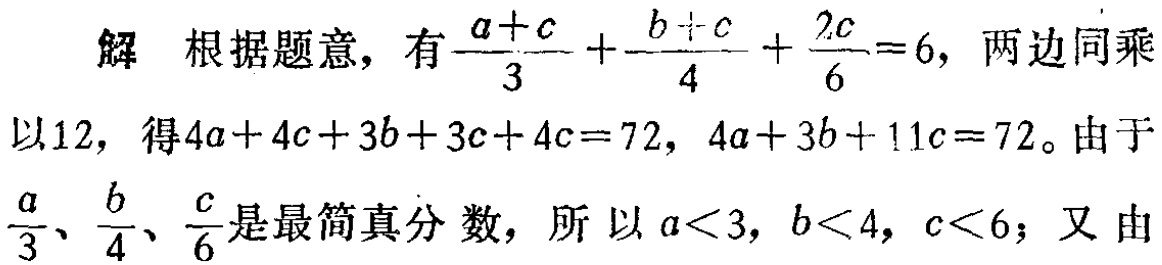
解 根据题意，有$\frac{a + c}{3}+\frac{b + c}{4}+\frac{2c}{6}=6$，两边同乘以$12$，得$4a + 4c + 3b + 3c + 4c = 72$，$4a + 3b + 11c = 72$。由于$\frac{a}{3}$、$\frac{b}{4}$、$\frac{c}{6}$是最简真分数，所以$a<3$，$b<4$，$c<6$；又由